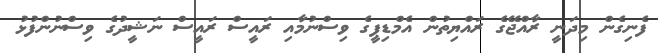
ފެނިގެން މިދަނީ ރާއްޖޭގެ ރައްޔިތުން އެމްޑިޕީގެ ވިސްނުމާއި ރައީސް ރައީސް ނަޝީދުގެ ވިސްނުންފުޅު